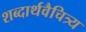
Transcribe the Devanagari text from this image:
शब्दार्थवैचित्र्य